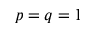
p = q = 1